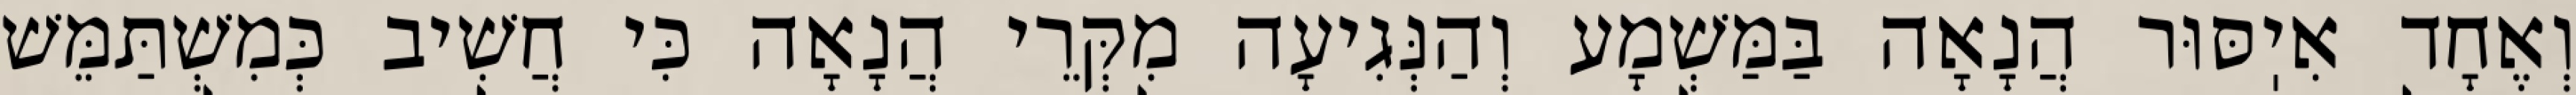
וְאֶחָד אִיֽסּוּר הֲנָאָה בַּמַּשְׁמָע וְהַנְּגִיעָה מִקְּרֵי הֲנָאָה כִּי חֲשִׁיב כְּמִשְׁתַּמֵּשׁ